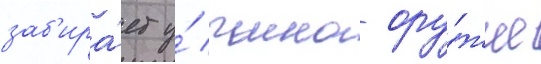
заб'ира́ет у́ чино ору́жие